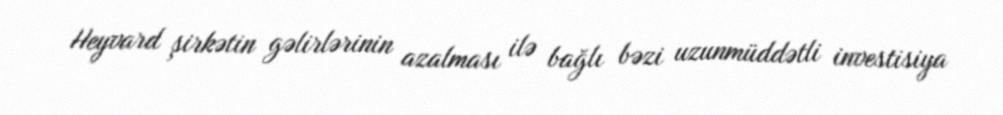
Heyvard şirkətin gəlirlərinin azalması ilə bağlı bəzi uzunmüddətli investisiya